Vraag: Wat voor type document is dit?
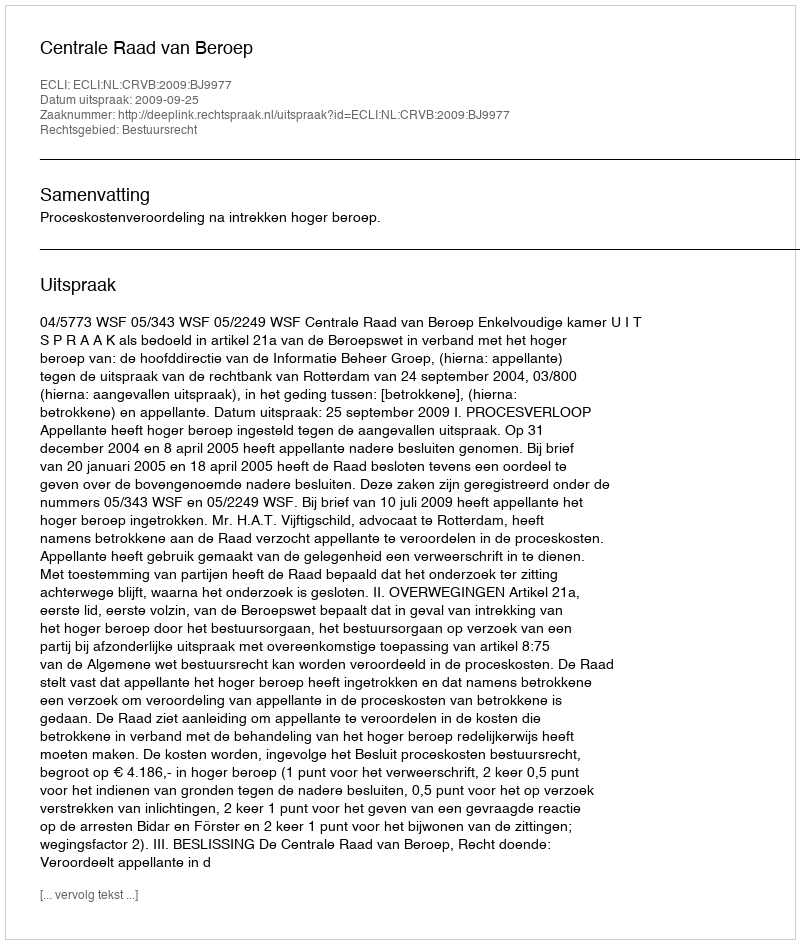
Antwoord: Uitspraak